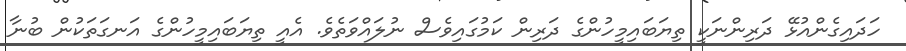
ހަދައިގެންއުޅޭ ދަރިންނަކީ ތިޔަބައިމީހުންގެ ދަރިިން ކަމުގައިވެސް ނުލައްވަތެވެ. އެއީ ތިޔަބައިމީހުންގެ އަނގަތަކުން ބުނާ